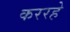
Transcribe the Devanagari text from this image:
कररहे